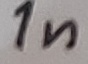
Text: 1n